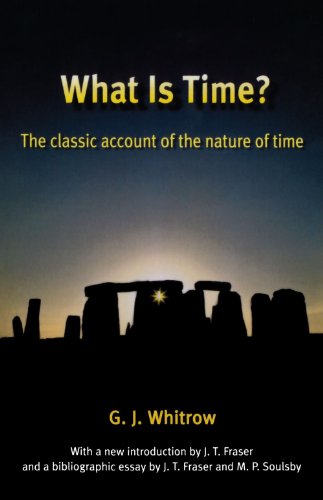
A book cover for What Is Time?: The Classic Account of the Nature of Time; G. J. Whitrow; Science & Math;